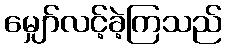
မျှော်လင့်ခဲ့ကြသည်